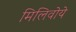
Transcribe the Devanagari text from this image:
मिलिवोये